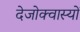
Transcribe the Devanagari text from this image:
देजोक्वास्यों